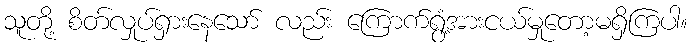
သူတို့ စိတ်လှုပ်ရှားနေသော် လည်း ကြောက်ရွံ့အားငယ်မှုတော့မရှိကြပါ။